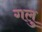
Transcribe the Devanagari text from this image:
गलु